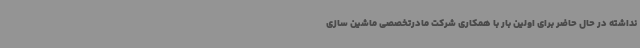
نداشته در حال حاضر برای اولین بار با همکاری شرکت مادرتخصصی ماشین سازی